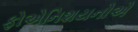
ફોએનિશયનોએ